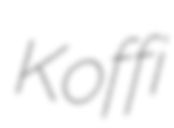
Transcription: Koffi